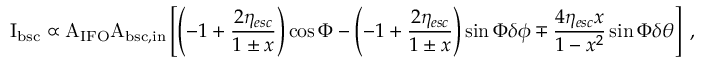
\mathrm { I _ { b s c } } \propto \mathrm { A _ { I F O } A _ { b s c , i n } } \left[ \left( - 1 + \frac { 2 \eta _ { e s c } } { 1 \pm x } \right) \cos \Phi - \left( - 1 + \frac { 2 \eta _ { e s c } } { 1 \pm x } \right) \sin \Phi \delta \phi \mp \frac { 4 \eta _ { e s c } x } { 1 - x ^ { 2 } } \sin \Phi \delta \theta \right] \; ,